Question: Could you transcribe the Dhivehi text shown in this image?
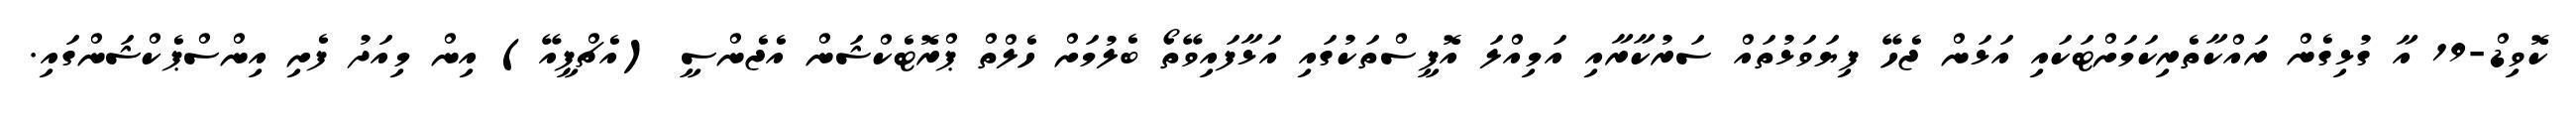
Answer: ކޮވިޑް-19 އާ ގުޅިގެން ރައްކާތެރިކަމަށްޓަކައި އަޅަން ޖެހޭ ފިޔަވަޅުތައް ސަރުކާރާއި އަމިއްލަ އޮފީސްތަކުގައި އަޅާފައިވޭތޯ ބެލުމަށް ހެލްތް ޕްރޮޓެކްޝަން އެޖެންސީ (އެޗްޕީއޭ) އިން މިއަދު ފެށި އިންސްޕެކްޝަންގައި.